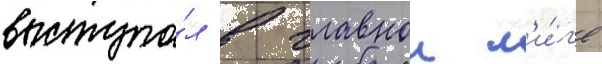
выступа́л в главнои л'и́г'е